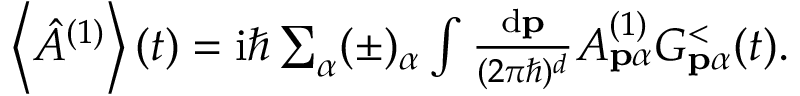
\begin{array} { r } { \left\langle \hat { A } ^ { ( 1 ) } \right\rangle ( t ) = \mathrm { i } \hbar \sum _ { \alpha } ( \pm ) _ { \alpha } \int \frac { \mathrm { d } \mathbf { p } } { ( 2 \pi \hbar ) ^ { d } } A _ { \mathbf { p } \alpha } ^ { ( 1 ) } G _ { \mathbf { p } \alpha } ^ { < } ( t ) . } \end{array}